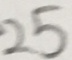
2 5